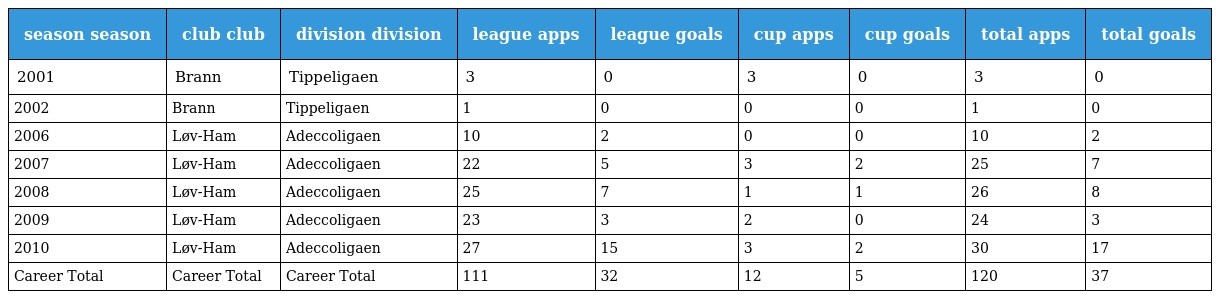
| season season | club club | division division | league apps | league goals | cup apps | cup goals | total apps | total goals |
 | --- | --- | --- | --- | --- | --- | --- | --- | --- |
 | 2001 | Brann | Tippeligaen | 3 | 0 | 3 | 0 | 3 | 0 |
 | 2002 | Brann | Tippeligaen | 1 | 0 | 0 | 0 | 1 | 0 |
 | 2006 | Løv-Ham | Adeccoligaen | 10 | 2 | 0 | 0 | 10 | 2 |
 | 2007 | Løv-Ham | Adeccoligaen | 22 | 5 | 3 | 2 | 25 | 7 |
 | 2008 | Løv-Ham | Adeccoligaen | 25 | 7 | 1 | 1 | 26 | 8 |
 | 2009 | Løv-Ham | Adeccoligaen | 23 | 3 | 2 | 0 | 24 | 3 |
 | 2010 | Løv-Ham | Adeccoligaen | 27 | 15 | 3 | 2 | 30 | 17 |
 | Career Total | Career Total | Career Total | 111 | 32 | 12 | 5 | 120 | 37 |